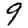
Digit: 9